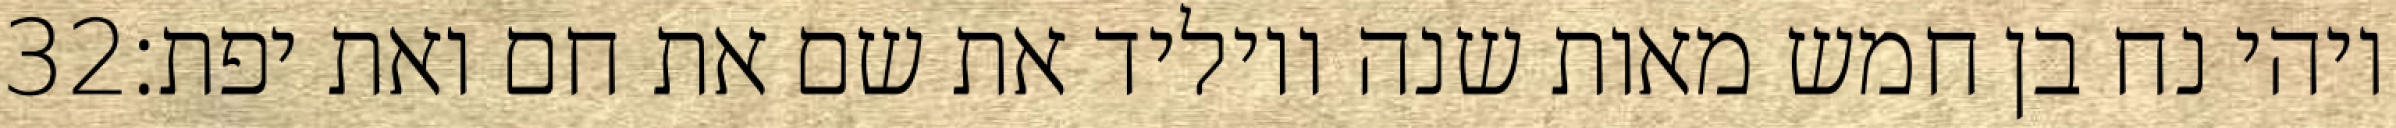
‎32‏ ויהי נח בן חמש מאות שנה ויוליד את שם את חם ואת יפת׃